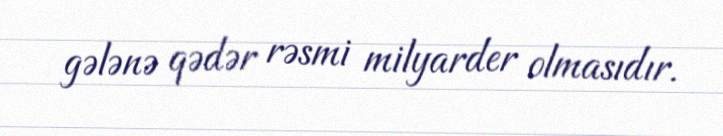
gələnə qədər rəsmi milyarder olmasıdır.